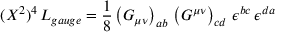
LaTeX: ( { \cal X } ^ { 2 } ) ^ { 4 } \, { \cal L } _ { g a u g e } = \frac { 1 } { 8 } \left( G _ { \mu \nu } \right) _ { a b } \, \left( G ^ { \mu \nu } \right) _ { c d } \, \epsilon ^ { b c } \, \epsilon ^ { d a }